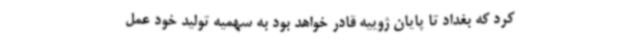
کرد که بغداد تا پایان ژوییه قادر خواهد بود به سهمیه تولید خود عمل